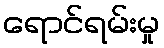
ရောင်ရမ်းမှု